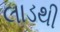
લાડથી